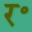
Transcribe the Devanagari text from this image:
र॰